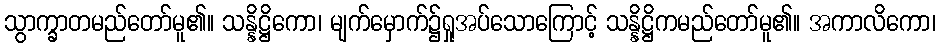
သွာက္ခာတမည်တော်မူ၏။ သန္နိဋ္ဌိကော၊ မျက်မှောက်၌ရှုအပ်သောကြောင့် သန္နိဋ္ဌိကမည်တော်မူ၏။ အကာလိကော၊